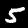
Digit: 5